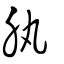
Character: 肒